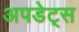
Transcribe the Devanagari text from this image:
अपडेट्स